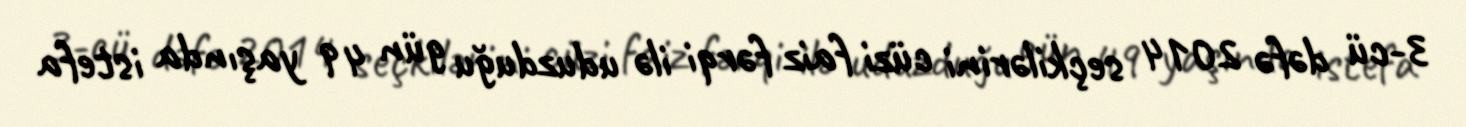
3-cü dəfə 2014 seçkilərini cüzi faiz fərqi ilə uduzduğu gün 49 yaşında istefa